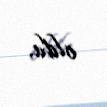
oldu.